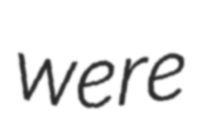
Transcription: were